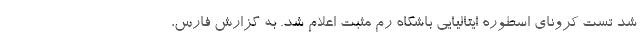
شد تست کرونای اسطوره ایتالیایی باشگاه رم مثبت اعلام شد. به گزارش فارس،